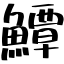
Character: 鱏